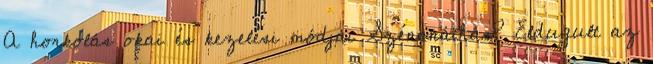
A horkolás okai és kezelési módjai Szénanáthás? Eldugult az